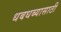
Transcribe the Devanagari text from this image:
धबधब्यासाठी